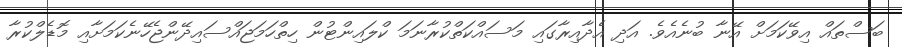
ބަސްތައް އިވޭކަމަށް އޭނާ ބުނެއެވެ. އަދި އެދާއިރާގައި މަސައްކަތްކުރާނަމަ ކްލައިންޓުން ހިތްހަމަޖައްސައިދޭންޖެހޭނެކަމަށާއި މޮޑެލްކުރާ